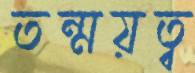
তন্ময়ত্ব